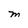
Character: M